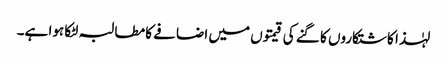
لہٰذا کاشتکاروں کا گنے کی قیمتوں میں اضافے کا مطالبہ لٹکا ہوا ہے۔